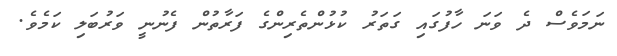
ނަމަވެސް ދެ ވަނަ ހާފުގައި ގަތަރު ކުޅުންތެރިންގެ ފަރާތުން ފެނުނީ ވަރުބަލި ކަމެވެ.